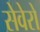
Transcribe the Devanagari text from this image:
सेवेरो